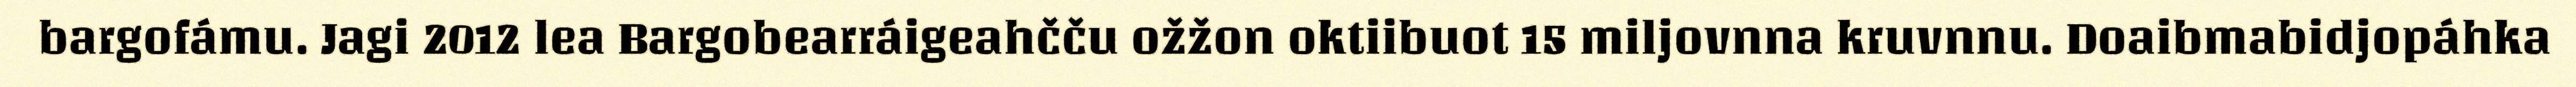
bargofámu. Jagi 2012 lea Bargobearráigeahčču ožžon oktiibuot 15 miljovnna kruvnnu. Doaibmabidjopáhka